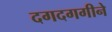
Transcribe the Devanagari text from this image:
दगदगगीने